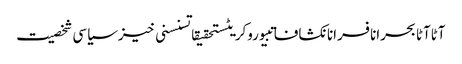
آٹاآٹا بحرانافسرانانکشافاتبیوروکریٹستحقیقاتسنسنی خیزسیاسی شخصیت